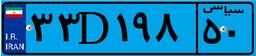
۰۷D۹۲۸۴۰